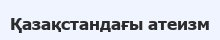
Қазақстандағы атеизм